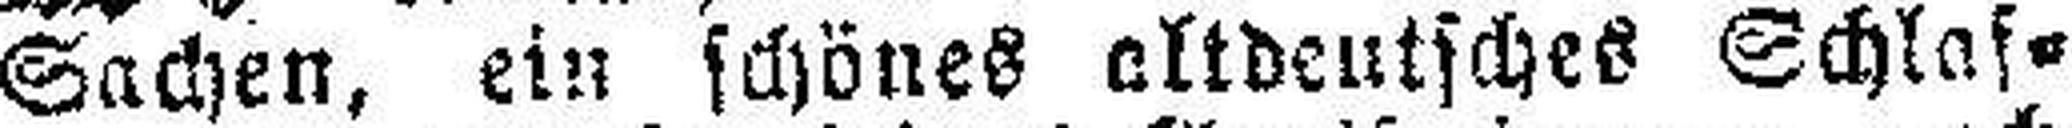
Sachen, ein schönes altdeutsches Schlaf¬